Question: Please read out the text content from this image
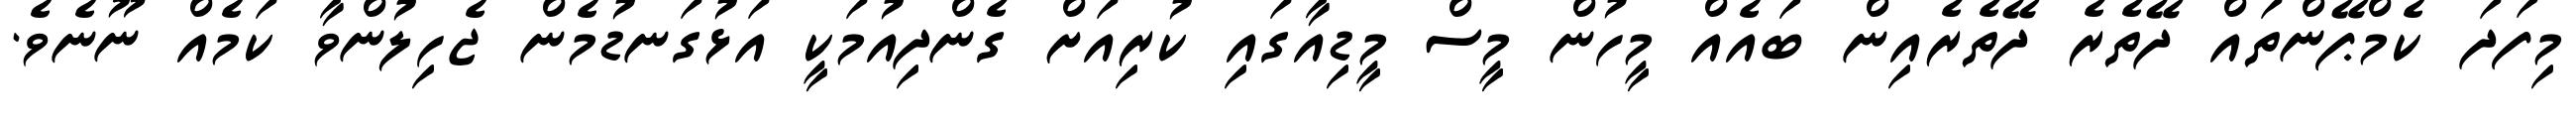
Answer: މިފަދަ ކެމްޕޭންތައް ދޭތެރެ ދޭތެރެއިން ބައެއް މީހުން މީސް މީޑިއާގައި ކުރިއަށް ގެންދިއުމަކީ އަޅުގަނޑުމެން ޖެހިލުންވާ ކަމެއް ނޫނެވެ.